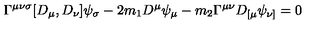
\Gamma ^ { \mu \nu \sigma } [ D _ { \mu } , D _ { \nu } ] \psi _ { \sigma } - 2 m _ { 1 } D ^ { \mu } \psi _ { \mu } - m _ { 2 } \Gamma ^ { \mu \nu } D _ { [ \mu } \psi _ { \nu ] } = 0